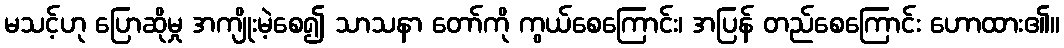
မသင့်ဟု ပြောဆိုမှု အကျိုးမဲ့စေ၍ သာသနာ တော်ကို ကွယ်စေကြောင်း၊ အပြန် တည်စေကြောင်း ဟောထား၏။